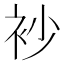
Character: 𧘡